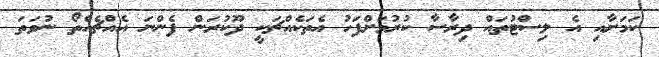
ކަމަށާއި އެ ލިސްޓުތައް ދިރާސާ ކުރުމަށްފަހު އެތަކެއްޗަކީ ދޫކުރަން ފެންނަ އެއްޗެއްތޯ ނުވަތަ